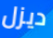
ديزل